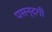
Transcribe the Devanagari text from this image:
पसन्दगी